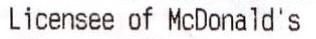
LICENSEE OF MCDONALD'S